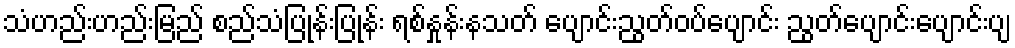
သံဟည်းဟည်းမြည် စည်သံပြုန်းပြုန်း ရစ်နှုန်းနသတ် ပျောင်းညွတ်ဝပ်ပျောင်း ညွတ်ပျောင်းပျောင်းပျ